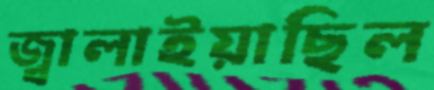
জ্বালাইয়াছিল